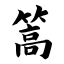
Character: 篙